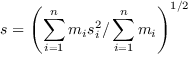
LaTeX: s = \left( \sum _ { i = 1 } ^ { n } m _ { i } s _ { i } ^ { 2 } / \sum _ { i = 1 } ^ { n } m _ { i } \right) ^ { 1 / 2 }